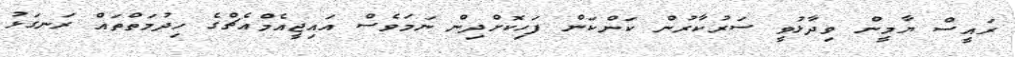
ރައީސް ޔާމީން ވިދާޅުވީ ސަރުކާރުން ކަންކަން ފަހިކޮށްދިން ނަމަވެސް އައިޖީއެމްއެޗްގެ ހިދުމަތްތައް ރަނގަޅު